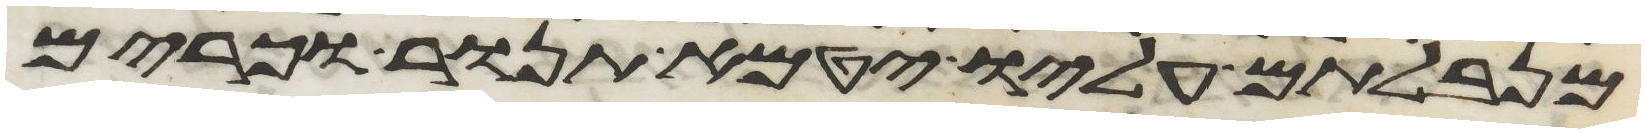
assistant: מנבלתם עליו יטמא תנור וכרים